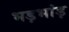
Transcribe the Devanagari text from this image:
भड़भांड़